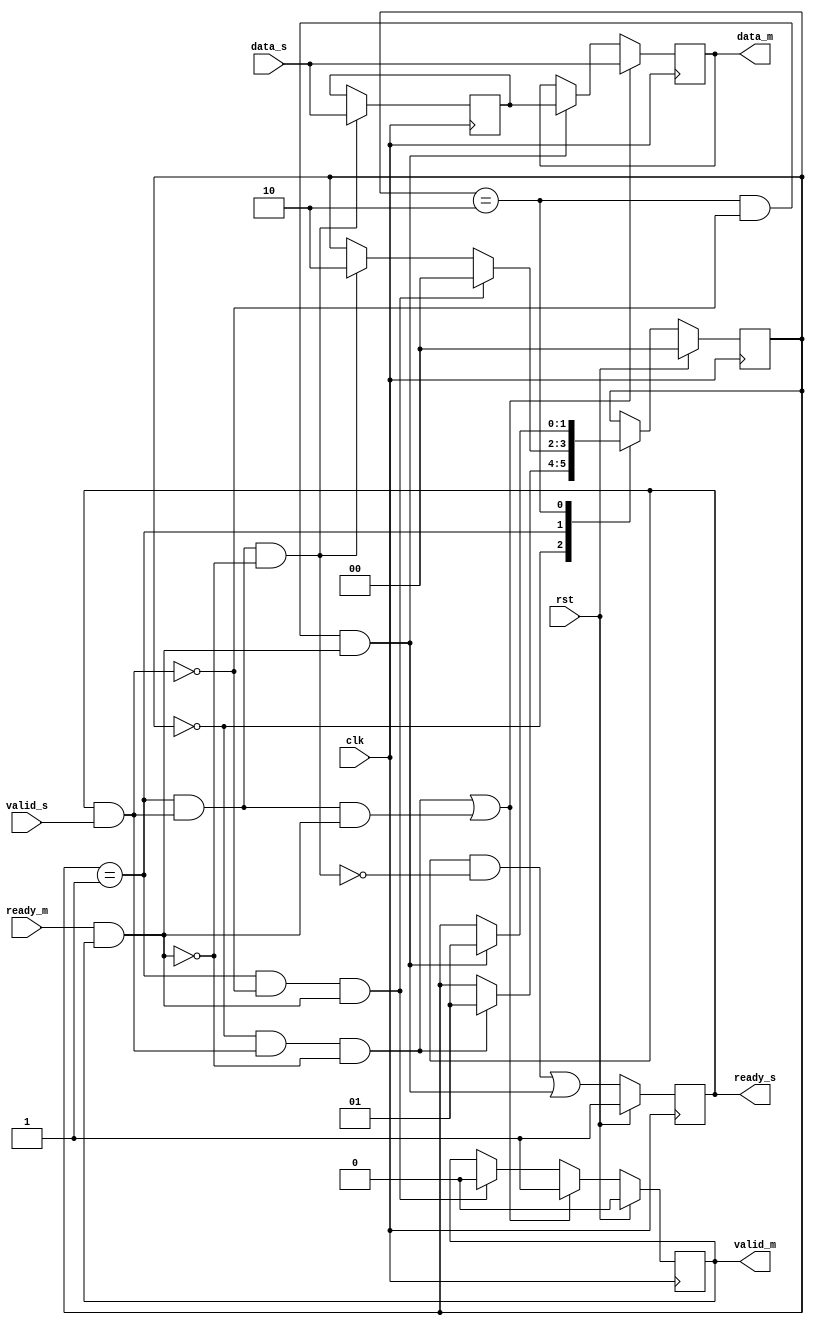
module relay_station_2 #(
    parameter DATA_WIDTH = 8
)(
    input   clk,
    input   rst,

    output  reg                 ready_s,
    input                       valid_s,
    input   [DATA_WIDTH-1:0]    data_s,

    input                       ready_m,
    output                      valid_m,
    output  [DATA_WIDTH-1:0]    data_m
);
localparam EMPTY = 0;
localparam HALF  = 1;
localparam FULL  = 2;

reg [1:0] state, next_state;

reg valid_aux, valid_main;
reg [DATA_WIDTH-1:0] data_aux, data_main;

wire write, read;
wire load, unload;
wire fill, flush;
wire flow;

assign write = ready_s && valid_s;
assign read  = ready_m && valid_m;

assign load     = state == EMPTY &&  write && !read;
assign unload   = state == HALF  && !write &&  read;
assign flow     = state == HALF  &&  write &&  read;
assign fill     = state == HALF  &&  write && !read;
assign flush    = state == FULL  && !write &&  read;

always @(posedge clk)
begin
    if(rst)
        state <= EMPTY;
    else 
        state <= next_state;
end

always@(*)
begin
    next_state = state;
    case(state)
        EMPTY : if(load) next_state = HALF;
        HALF  : 
            if(unload) next_state = EMPTY;
            else if(fill) next_state = FULL;
        FULL : if(flush) next_state = HALF;
    endcase
end

always@(posedge clk)
begin
    if(rst)
        valid_main = 0;
    else if(load || flow)
        valid_main <= 1'b1;
    else if(unload)
        valid_main <= 1'b0;
end

always@(posedge clk)
begin
    if(load||flow) data_main <= data_s;
    else if(flush) data_main <= data_aux;
end

always@(posedge clk)
begin
    if(rst)
        valid_aux = 0;
    else if(fill)
        valid_aux <= 1'b1;
    else if(flush)
        valid_aux <= 1'b0;
end

always@(posedge clk)
begin
    if(fill) data_aux <= data_s;
end

always@(posedge clk)
begin
    if(rst)
        ready_s <= 1'b1;
    else
        ready_s <= (ready_s && !fill) || flush;
end
assign valid_m = valid_main;
assign data_m = data_main;


endmodule